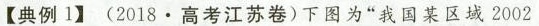
【典例1】(2018 · 高考江苏卷)下图为“我国某区域 2002